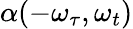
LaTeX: \alpha(-\omega_{\tau},\omega_{t})